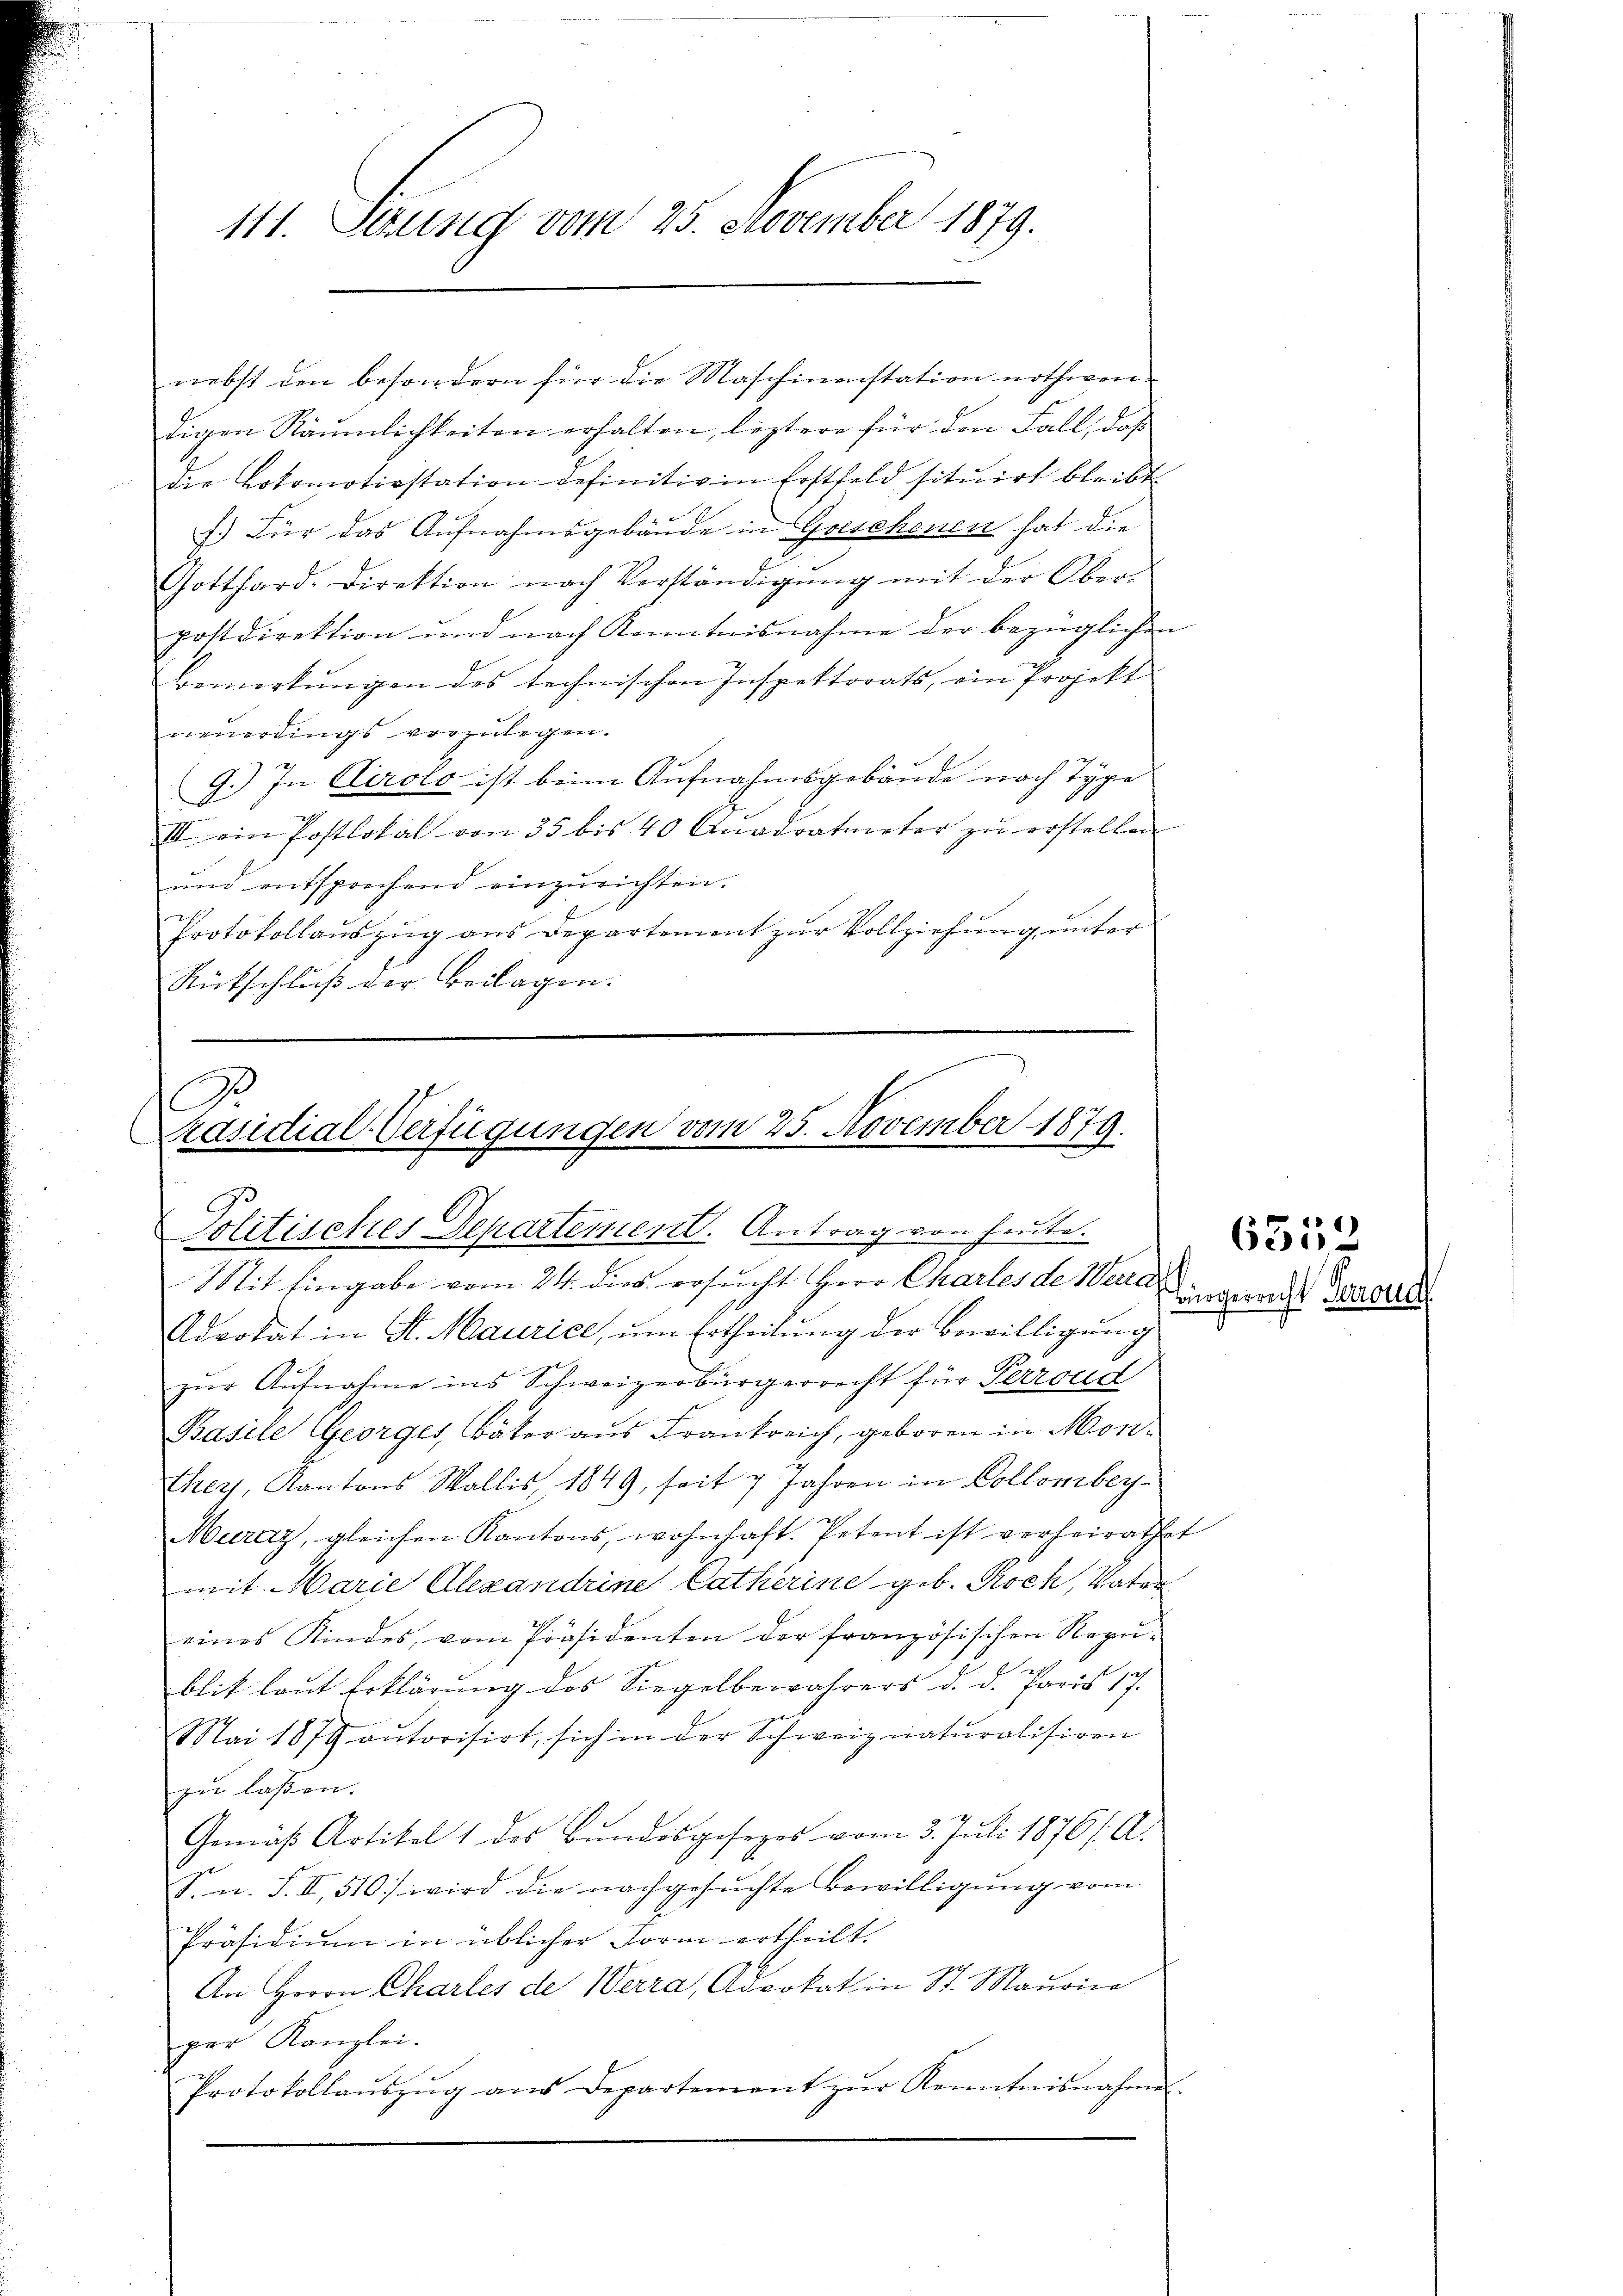
111. Sezung vom 25. November 1879.

digen Räumlichkeiten erhalten, leztere für den Fall, daβ
die Lokomotivstation definitiv in Postfeld situirt bleibt
f.) Für das Aufnahmsgebäude in Geschenen hat die
Gotthard. Direktion nach Verständigŭng mit der Ober-
postdirektion und nach Kenntnisnahme der bezüglichen
Bemerkungen des technischen Inspektorats, ein Projekt
neŭerdings vorzŭlegen.
9.) In Airolo ist beim Aufnahmsgebäude nach Type
III ein Postlokal von 35 bis 40 Quadratmeter zu erstellen
und entsprechend einzurichten.
Protokollaŭszŭg ans Departement zŭr Vollziehung unter
Rückschluß der Beilagen.

nebst den besondern für die Maschinenstation nothwen

C
Präsidial-Verfügungen vom 25. November 1879.
Ge
olitisches Departement. Antrag von heute.
Mit Eingabe vom 24. dies ersucht Herr Chartes de Werra

Advokat in St. Maurice, um Ertheilung der Bewilligung
zur Aufnahme ins Schweizerbürgerrecht für Perrond
Basile Georges, bäter aus Frankreich, geboren in Monthey, Kantons Wallis, 1849, seit 7 Jahren in Collomber¬
Muraz, gleichen Kantons, wohnhaft. Petent ist vorheirathet
mit Marie Alexandrine Catherine geb. Koch, Vater
eines Kindes, vom Präsidenten der französischen Repŭ-
 2
blit laut Erklärung des Siegelbewahrers d. d. Paris 17.
Mai 1879 aŭtorisirt, sich in der Schweiz naturalisiren
zu laßen. |
Gomas Artikel 1 des Bundesgesezes vom 3. Juli 1876 /: A.
S. n. F. II, 510 wird die nachgesuchte Bewilligung vom
Präsidium in üblicher Form ertheilt.
An Herrn Charles de Werra, Advokat in St. Maurice
per Kanzlei.
Protokollaŭszŭg ans Departement zŭr Kenntnisnahme

Bürgerrecht Perrone

6552